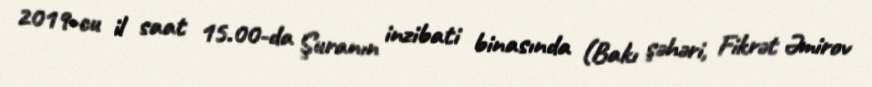
2019-cu il saat 15.00-da Şuranın inzibati binasında (Bakı şəhəri, Fikrət Əmirov